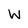
Character: W